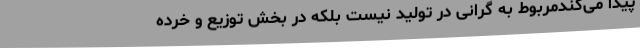
پیدا می‌کندمربوط به گرانی در تولید نیست بلکه در بخش توزیع و خرده